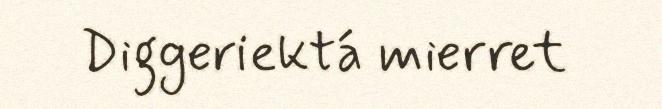
Diggeriektá mierret